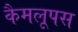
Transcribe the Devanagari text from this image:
कैमलूपस